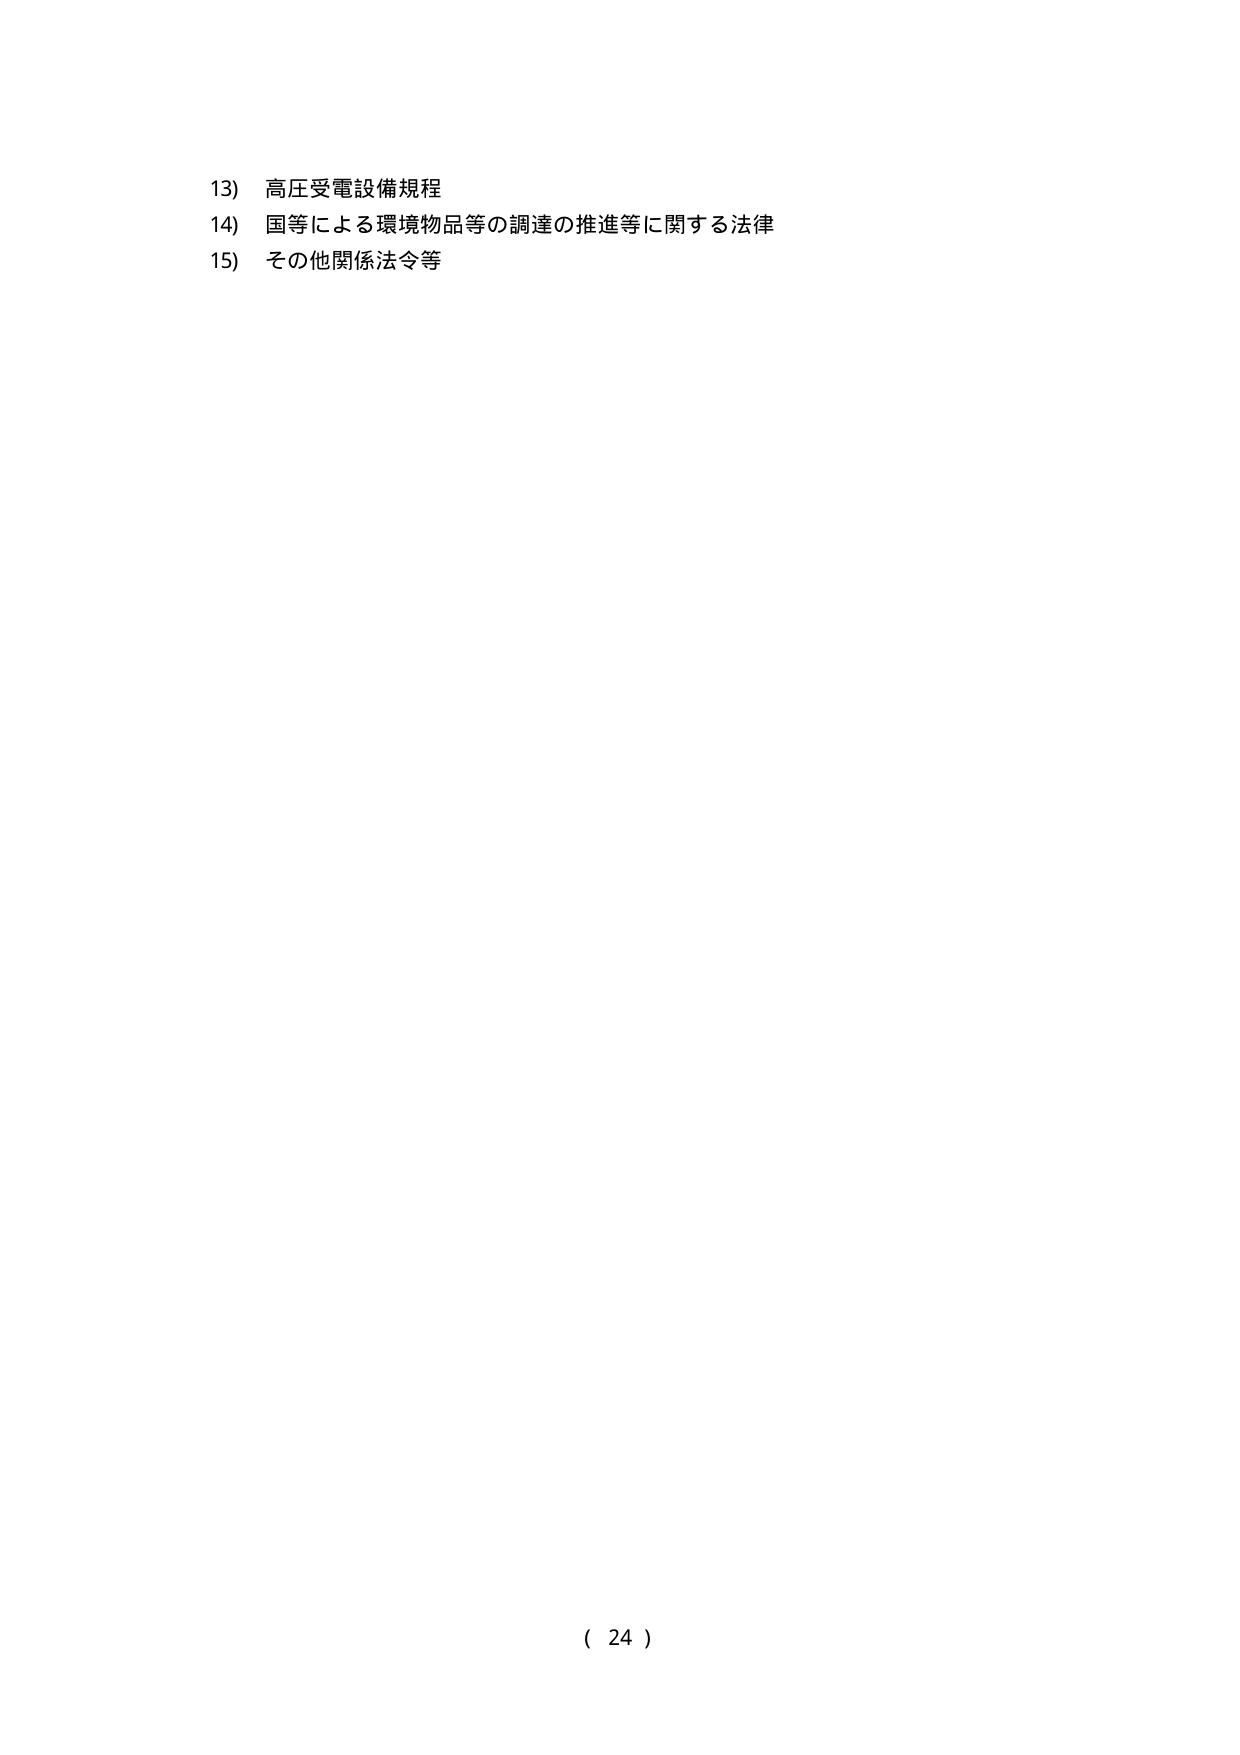
13) 高圧受電設備規程
14) 国等による環境物品等の調達の推進等に関する法律
15) その他関係法令等

( 24 )